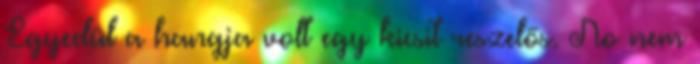
Egyedül a hangja volt egy kicsit reszelős. No nem